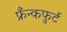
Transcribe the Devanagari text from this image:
फ्रँन्कफुर्ट